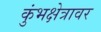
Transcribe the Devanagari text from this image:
कुंभक्षेत्रावर